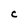
Character: C